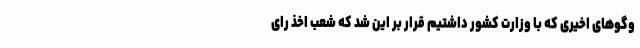
‌وگوهای اخیری که با وزارت کشور داشتیم قرار بر این شد که شعب اخذ رای